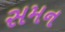
સમન